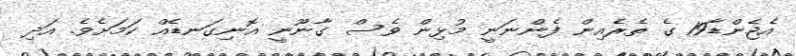
އެޖެންޑާ19 ގެ ތެރެއިން ފެންނަނީ މުޅިން ވެސް ގާނޫނީ އޮނިގަނޑެއް ކަމަށެވެ. އަދި